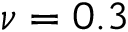
\nu = 0 . 3